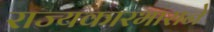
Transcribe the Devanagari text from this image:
राज्यकारभाराने